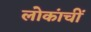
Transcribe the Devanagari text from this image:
लोकांचीं